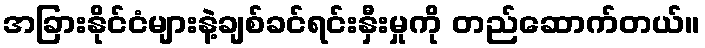
အခြားနိုင်ငံများနဲ့ချစ်ခင်ရင်းနှီးမှုကို တည်ဆောက်တယ်။